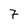
Character: 7